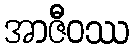
အာဇီဝဿ